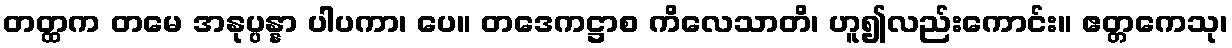
တတ္ထက တမေ အနုပ္ပန္နာ ပါပကာ၊ ပေ။ တဒေကဋ္ဌာစ ကိလေသာတိ၊ ဟူ၍လည်းကောင်း။ ဧတ္တကေသု၊